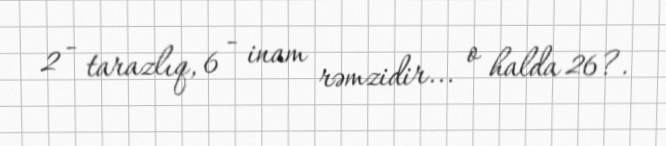
2 - tarazlıq, 6 - inam rəmzidir... o halda 26?.